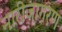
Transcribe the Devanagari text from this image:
नारीजागरण